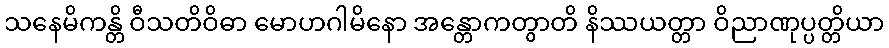
သနေမိကန္တိ ဝီသတိဝိဓာ မောဟဂါမိနော အန္တောကတွာတိ နိဿယတ္တာ ဝိညာဏုပ္ပတ္တိယာ